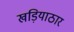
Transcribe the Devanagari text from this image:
खड़ियाठार